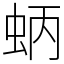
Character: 蛃